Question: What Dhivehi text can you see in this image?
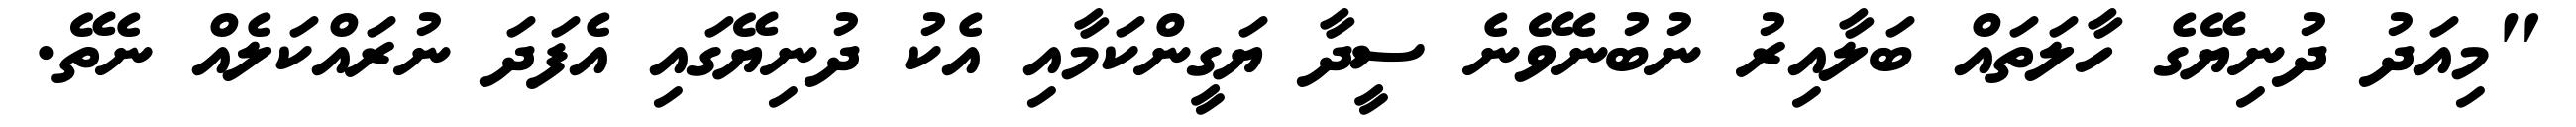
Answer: "މިއަދު ދުނިޔޭގެ ހާލަތައް ބަލާއިރު ނުބުނެވޭނެ ސީދާ ޔަގީންކަމާއި އެކު ދުނިޔޭގައި އެފަދަ ނުރައްކަލެއް ނެތޭ.